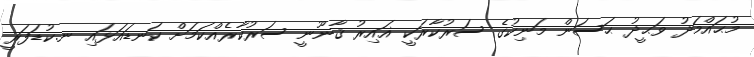
މުޙައްމަދު ވަޙީދު ޙަސަން މަނިކުގެ ސަރުކާރަކީ ޣައިރު ޤާނޫނީ ސަރުކާރެއްކަމަށް ކަނޑައަޅައި ނ.ކުޑަފަރީ